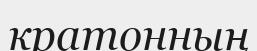
кратонның